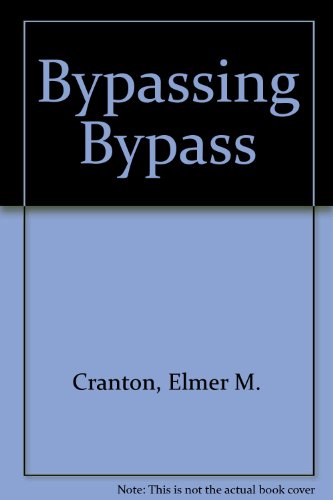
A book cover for Bypassing Bypass; Elmer M. Cranton; Health, Fitness & Dieting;